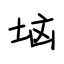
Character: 垴